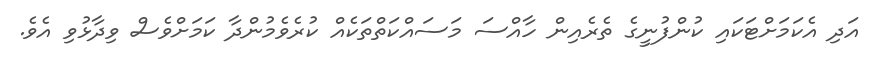
އަދި އެކަމަށްޓަކައި ކުންފުނީގެ ތެރެއިން ހާއްސަ މަސައްކަތްތަކެއް ކުރެވެމުންދާ ކަމަށްވެސް ވިދާޅުވި އެވެ.